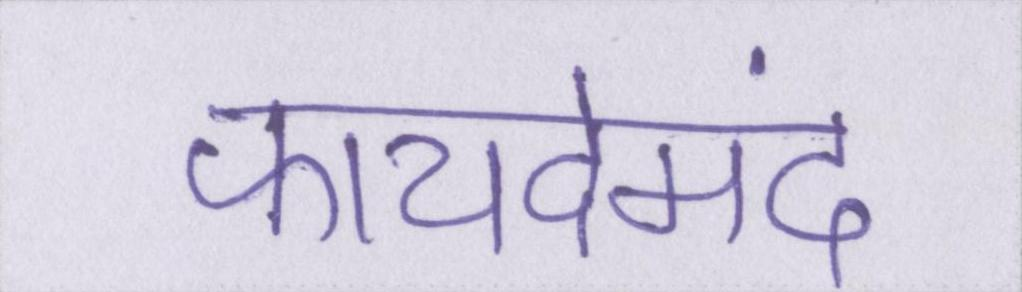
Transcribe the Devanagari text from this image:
फायदेमंद